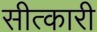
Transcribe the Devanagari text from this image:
सीत्कारी